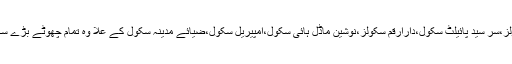
اس وقت شہرکے بڑے ادارے دی ایجوکیٹرز،الائیڈسکولز،سر سید پائیلٹ سکول،دارارقم سکولز،نوشین ماڈل ہائی سکول،امپیریل سکول،ضیائے مدینہ سکول کے علا وہ تمام چھوٹے بڑے سکولزمیںموسم گرما کی تعطیلات منعقدکروائی گئی ہیں۔